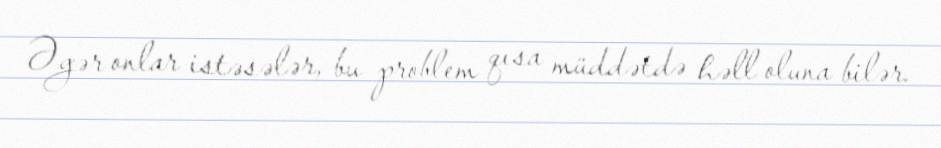
Əgər onlar istəsələr, bu problem qısa müddətdə həll oluna bilər.